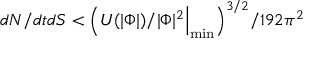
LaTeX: d N / d t d S < { \Big ( } U ( | \Phi | ) / | \Phi | ^ { 2 } { \Big | } _ { \operatorname* { m i n } } { \Big ) } ^ { 3 / 2 } / 1 9 2 \pi ^ { 2 }